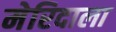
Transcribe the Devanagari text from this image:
मेरिदाला